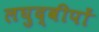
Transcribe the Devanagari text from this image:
लघुद्वीपों